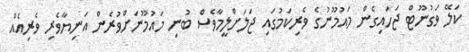
ކަލޭ ވަގުނޫޓް ޖަހައިގެން މައުމޫނުގެ ވެރިކަމުގައި ޖަލަށްލީމާވެސް ބުނި މައުމޫނަށްވުރެން އަނިޔާވެރި ވެރިއެއް